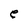
Character: e